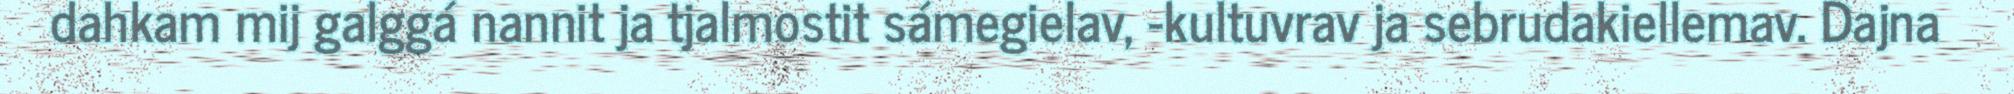
dahkam mij galggá nannit ja tjalmostit sámegielav, -kultuvrav ja sebrudakiellemav. Dajna